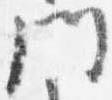
門